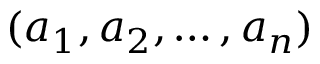
( a _ { 1 } , a _ { 2 } , \ldots , a _ { n } )